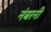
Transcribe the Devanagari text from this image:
नंबरनी